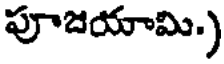
పూజయామి)